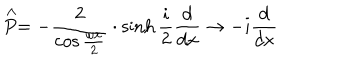
\stackrel { \wedge } { P } = - \frac { 2 } { \cos \frac { \omega x } { 2 } } \cdot \sinh \frac { i } { 2 } \frac { d } { d x } \rightarrow - i \frac { d } { d x }